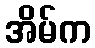
အိမ်က